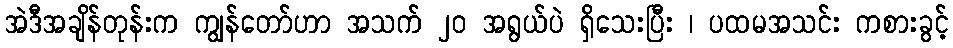
အဲဒီအချိန်တုန်းက ကျွန်တော်ဟာ အသက် ၂၀ အရွယ်ပဲ ရှိသေးပြီး ၊ ပထမအသင်း ကစားခွင့်